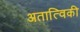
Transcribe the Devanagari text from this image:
अतात्विकी